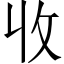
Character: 收